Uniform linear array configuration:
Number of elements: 64
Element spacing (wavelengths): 0.25
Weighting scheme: binomial
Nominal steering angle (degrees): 30
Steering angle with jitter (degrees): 29.112
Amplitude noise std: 0.05
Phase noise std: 0.05

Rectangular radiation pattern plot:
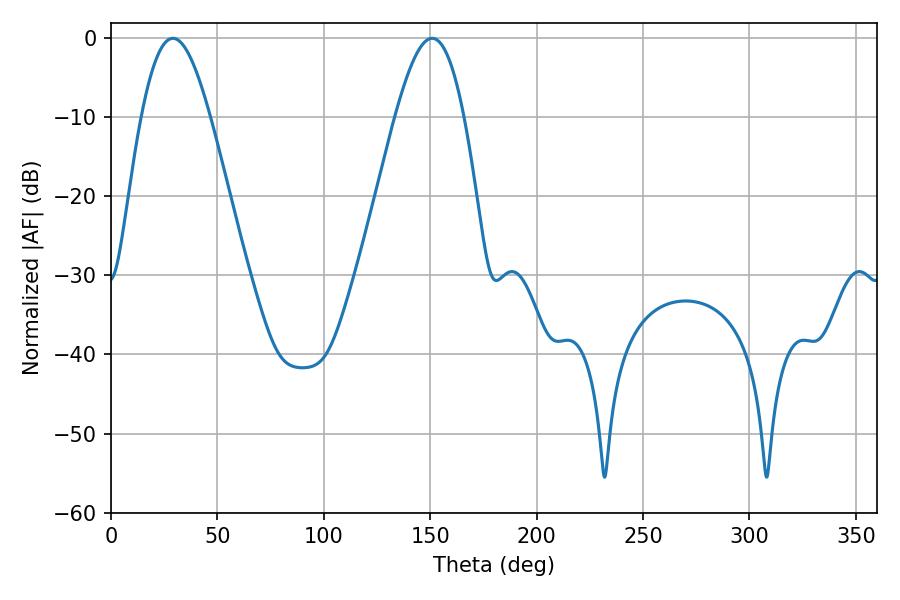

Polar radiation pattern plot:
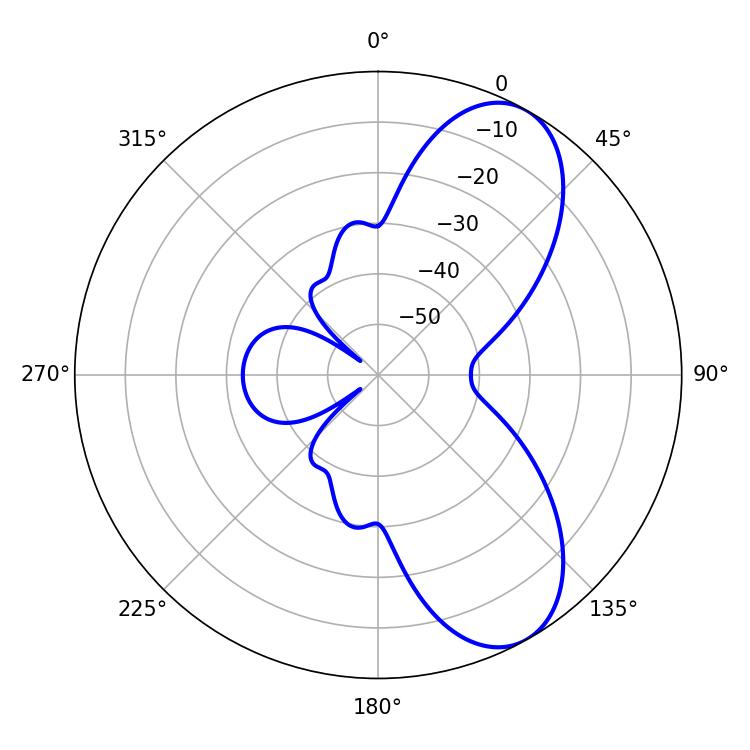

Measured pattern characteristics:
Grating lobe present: FALSE
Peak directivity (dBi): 7.864
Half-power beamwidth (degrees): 17.46
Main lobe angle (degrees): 29.16